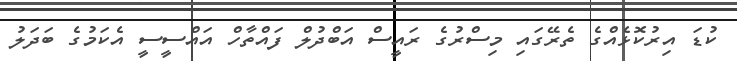
ކުޑަ އިރުކޮޅެއްގެ ތެރޭގައި މިސްރުގެ ރައީސް އަބްދުލް ފައްތާހް އައްސީސީ އެކަމުގެ ބަދަލު